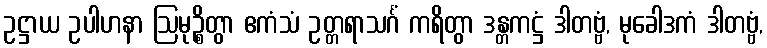
ဥဋ္ဌာယ ဥပါဟနာ ဩမုဉ္စိတွာ ဧကံသံ ဥတ္တရာသင်္ဂံ ကရိတွာ ဒန္တကဋ္ဌံ ဒါတဗ္ဗံ, မုခေါဒကံ ဒါတဗ္ဗံ,